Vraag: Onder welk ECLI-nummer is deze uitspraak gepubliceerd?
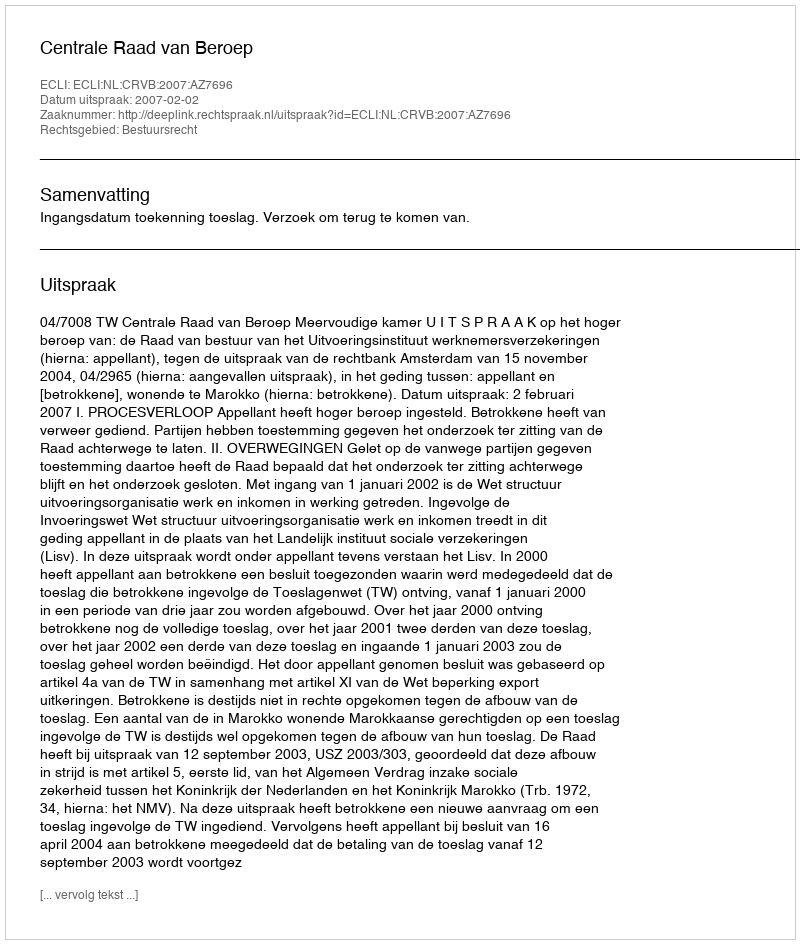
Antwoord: ECLI:NL:CRVB:2007:AZ7696